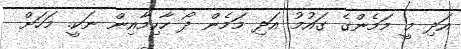
އަދި މީ މަމެންގެ ގައުމު އަދި މަމެން ދޯ ހާކިމާއިން ނަކީ. މަހަށް